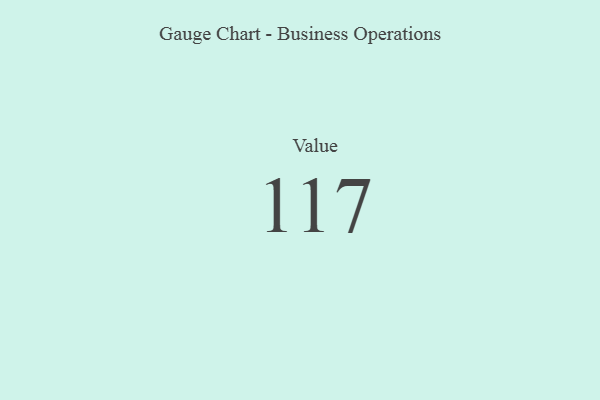
{"axis": {"x": "Metric", "y": "Value"}, "legend": [""], "data": [{"x": "Value", "y": 117, "type": ""}]}